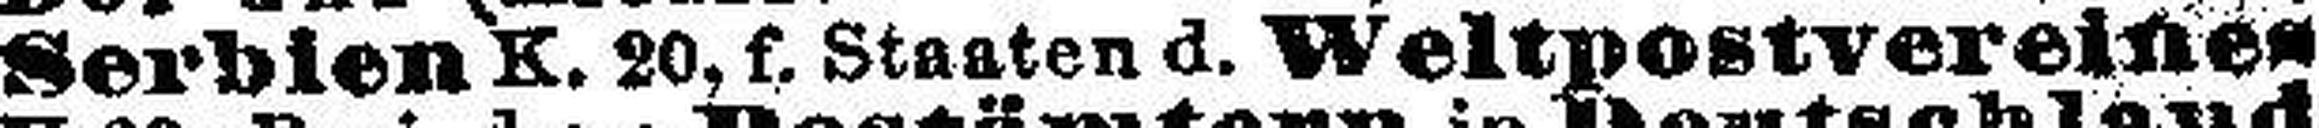
Serbien K. 20, f. Staaten d. Weltpostvereinen